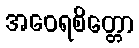
အဝေရစိတ္တော